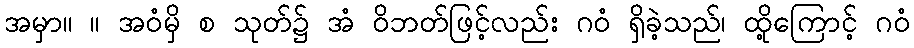
အမှာ။ ။ အဝံမှိ စ သုတ်၌ အံ ဝိဘတ်ဖြင့်လည်း ဂဝံ ရှိခဲ့သည်၊ ထို့ကြောင့် ဂဝံ